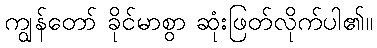
ကျွန်တော် ခိုင်မာစွာ ဆုံးဖြတ်လိုက်ပါ၏။